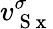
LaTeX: v_{\mathrm{~S~x~}}^{\sigma}